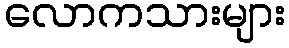
လောကသားများ